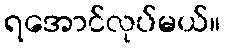
ရအောင်လုပ်မယ်။